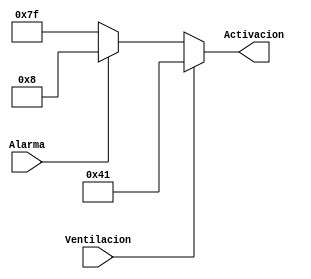
module Activacion_7seg(
	//Señales del sistema de salida
	input wire Ventilacion,
	input wire Alarma,
	//Señal para mostrar en display
	output wire [6:0] Activacion
    );
//Declaracion de la letra a mostrar en 7segmentos
localparam [6:0]
	A = 7'b0001000,
	V = 7'b1000001;	

//Se muestra el ventilacion, sino la alarma, sino nada.
assign Activacion = Ventilacion ? V : Alarma ? A : 7'hff;

endmodule